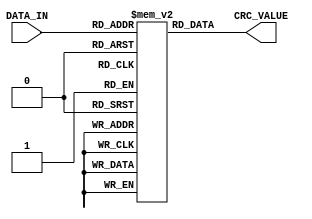
`timescale 1ns / 1ps
//////////////////////////////////////////////////////////////////////////////////
// Company: 
// Engineer: 
// 
// Design Name: 
// Module Name: lut_05
// Project Name: 
// Target Devices: 
// Tool Versions: 
// Description: 
// 
// Dependencies: 
// 
// Revision:
// Revision 0.01 - File Created
// Additional Comments:
// 
//////////////////////////////////////////////////////////////////////////////////


module lut_05(
    input [7:0] DATA_IN,
    output [31:0] CRC_VALUE
    );
    
    
    reg [31:0] rom[255:0];
    assign CRC_VALUE = rom[DATA_IN];
    
    initial
    begin
        rom[0] <= 32'h00000000;
        rom[1] <= 32'h490d678d;
        rom[2] <= 32'h921acf1a;
        rom[3] <= 32'hdb17a897;
        rom[4] <= 32'h20f48383;
        rom[5] <= 32'h69f9e40e;
        rom[6] <= 32'hb2ee4c99;
        rom[7] <= 32'hfbe32b14;
        rom[8] <= 32'h41e90706;
        rom[9] <= 32'h08e4608b;
        rom[10] <= 32'hd3f3c81c;
        rom[11] <= 32'h9afeaf91;
        rom[12] <= 32'h611d8485;
        rom[13] <= 32'h2810e308;
        rom[14] <= 32'hf3074b9f;
        rom[15] <= 32'hba0a2c12;
        rom[16] <= 32'h83d20e0c;
        rom[17] <= 32'hcadf6981;
        rom[18] <= 32'h11c8c116;
        rom[19] <= 32'h58c5a69b;
        rom[20] <= 32'ha3268d8f;
        rom[21] <= 32'hea2bea02;
        rom[22] <= 32'h313c4295;
        rom[23] <= 32'h78312518;
        rom[24] <= 32'hc23b090a;
        rom[25] <= 32'h8b366e87;
        rom[26] <= 32'h5021c610;
        rom[27] <= 32'h192ca19d;
        rom[28] <= 32'he2cf8a89;
        rom[29] <= 32'habc2ed04;
        rom[30] <= 32'h70d54593;
        rom[31] <= 32'h39d8221e;
        rom[32] <= 32'h036501af;
        rom[33] <= 32'h4a686622;
        rom[34] <= 32'h917fceb5;
        rom[35] <= 32'hd872a938;
        rom[36] <= 32'h2391822c;
        rom[37] <= 32'h6a9ce5a1;
        rom[38] <= 32'hb18b4d36;
        rom[39] <= 32'hf8862abb;
        rom[40] <= 32'h428c06a9;
        rom[41] <= 32'h0b816124;
        rom[42] <= 32'hd096c9b3;
        rom[43] <= 32'h999bae3e;
        rom[44] <= 32'h6278852a;
        rom[45] <= 32'h2b75e2a7;
        rom[46] <= 32'hf0624a30;
        rom[47] <= 32'hb96f2dbd;
        rom[48] <= 32'h80b70fa3;
        rom[49] <= 32'hc9ba682e;
        rom[50] <= 32'h12adc0b9;
        rom[51] <= 32'h5ba0a734;
        rom[52] <= 32'ha0438c20;
        rom[53] <= 32'he94eebad;
        rom[54] <= 32'h3259433a;
        rom[55] <= 32'h7b5424b7;
        rom[56] <= 32'hc15e08a5;
        rom[57] <= 32'h88536f28;
        rom[58] <= 32'h5344c7bf;
        rom[59] <= 32'h1a49a032;
        rom[60] <= 32'he1aa8b26;
        rom[61] <= 32'ha8a7ecab;
        rom[62] <= 32'h73b0443c;
        rom[63] <= 32'h3abd23b1;
        rom[64] <= 32'h06ca035e;
        rom[65] <= 32'h4fc764d3;
        rom[66] <= 32'h94d0cc44;
        rom[67] <= 32'hddddabc9;
        rom[68] <= 32'h263e80dd;
        rom[69] <= 32'h6f33e750;
        rom[70] <= 32'hb4244fc7;
        rom[71] <= 32'hfd29284a;
        rom[72] <= 32'h47230458;
        rom[73] <= 32'h0e2e63d5;
        rom[74] <= 32'hd539cb42;
        rom[75] <= 32'h9c34accf;
        rom[76] <= 32'h67d787db;
        rom[77] <= 32'h2edae056;
        rom[78] <= 32'hf5cd48c1;
        rom[79] <= 32'hbcc02f4c;
        rom[80] <= 32'h85180d52;
        rom[81] <= 32'hcc156adf;
        rom[82] <= 32'h1702c248;
        rom[83] <= 32'h5e0fa5c5;
        rom[84] <= 32'ha5ec8ed1;
        rom[85] <= 32'hece1e95c;
        rom[86] <= 32'h37f641cb;
        rom[87] <= 32'h7efb2646;
        rom[88] <= 32'hc4f10a54;
        rom[89] <= 32'h8dfc6dd9;
        rom[90] <= 32'h56ebc54e;
        rom[91] <= 32'h1fe6a2c3;
        rom[92] <= 32'he40589d7;
        rom[93] <= 32'had08ee5a;
        rom[94] <= 32'h761f46cd;
        rom[95] <= 32'h3f122140;
        rom[96] <= 32'h05af02f1;
        rom[97] <= 32'h4ca2657c;
        rom[98] <= 32'h97b5cdeb;
        rom[99] <= 32'hdeb8aa66;
        rom[100] <= 32'h255b8172;
        rom[101] <= 32'h6c56e6ff;
        rom[102] <= 32'hb7414e68;
        rom[103] <= 32'hfe4c29e5;
        rom[104] <= 32'h444605f7;
        rom[105] <= 32'h0d4b627a;
        rom[106] <= 32'hd65ccaed;
        rom[107] <= 32'h9f51ad60;
        rom[108] <= 32'h64b28674;
        rom[109] <= 32'h2dbfe1f9;
        rom[110] <= 32'hf6a8496e;
        rom[111] <= 32'hbfa52ee3;
        rom[112] <= 32'h867d0cfd;
        rom[113] <= 32'hcf706b70;
        rom[114] <= 32'h1467c3e7;
        rom[115] <= 32'h5d6aa46a;
        rom[116] <= 32'ha6898f7e;
        rom[117] <= 32'hef84e8f3;
        rom[118] <= 32'h34934064;
        rom[119] <= 32'h7d9e27e9;
        rom[120] <= 32'hc7940bfb;
        rom[121] <= 32'h8e996c76;
        rom[122] <= 32'h558ec4e1;
        rom[123] <= 32'h1c83a36c;
        rom[124] <= 32'he7608878;
        rom[125] <= 32'hae6deff5;
        rom[126] <= 32'h757a4762;
        rom[127] <= 32'h3c7720ef;
        rom[128] <= 32'h0d9406bc;
        rom[129] <= 32'h44996131;
        rom[130] <= 32'h9f8ec9a6;
        rom[131] <= 32'hd683ae2b;
        rom[132] <= 32'h2d60853f;
        rom[133] <= 32'h646de2b2;
        rom[134] <= 32'hbf7a4a25;
        rom[135] <= 32'hf6772da8;
        rom[136] <= 32'h4c7d01ba;
        rom[137] <= 32'h05706637;
        rom[138] <= 32'hde67cea0;
        rom[139] <= 32'h976aa92d;
        rom[140] <= 32'h6c898239;
        rom[141] <= 32'h2584e5b4;
        rom[142] <= 32'hfe934d23;
        rom[143] <= 32'hb79e2aae;
        rom[144] <= 32'h8e4608b0;
        rom[145] <= 32'hc74b6f3d;
        rom[146] <= 32'h1c5cc7aa;
        rom[147] <= 32'h5551a027;
        rom[148] <= 32'haeb28b33;
        rom[149] <= 32'he7bfecbe;
        rom[150] <= 32'h3ca84429;
        rom[151] <= 32'h75a523a4;
        rom[152] <= 32'hcfaf0fb6;
        rom[153] <= 32'h86a2683b;
        rom[154] <= 32'h5db5c0ac;
        rom[155] <= 32'h14b8a721;
        rom[156] <= 32'hef5b8c35;
        rom[157] <= 32'ha656ebb8;
        rom[158] <= 32'h7d41432f;
        rom[159] <= 32'h344c24a2;
        rom[160] <= 32'h0ef10713;
        rom[161] <= 32'h47fc609e;
        rom[162] <= 32'h9cebc809;
        rom[163] <= 32'hd5e6af84;
        rom[164] <= 32'h2e058490;
        rom[165] <= 32'h6708e31d;
        rom[166] <= 32'hbc1f4b8a;
        rom[167] <= 32'hf5122c07;
        rom[168] <= 32'h4f180015;
        rom[169] <= 32'h06156798;
        rom[170] <= 32'hdd02cf0f;
        rom[171] <= 32'h940fa882;
        rom[172] <= 32'h6fec8396;
        rom[173] <= 32'h26e1e41b;
        rom[174] <= 32'hfdf64c8c;
        rom[175] <= 32'hb4fb2b01;
        rom[176] <= 32'h8d23091f;
        rom[177] <= 32'hc42e6e92;
        rom[178] <= 32'h1f39c605;
        rom[179] <= 32'h5634a188;
        rom[180] <= 32'hadd78a9c;
        rom[181] <= 32'he4daed11;
        rom[182] <= 32'h3fcd4586;
        rom[183] <= 32'h76c0220b;
        rom[184] <= 32'hccca0e19;
        rom[185] <= 32'h85c76994;
        rom[186] <= 32'h5ed0c103;
        rom[187] <= 32'h17dda68e;
        rom[188] <= 32'hec3e8d9a;
        rom[189] <= 32'ha533ea17;
        rom[190] <= 32'h7e244280;
        rom[191] <= 32'h3729250d;
        rom[192] <= 32'h0b5e05e2;
        rom[193] <= 32'h4253626f;
        rom[194] <= 32'h9944caf8;
        rom[195] <= 32'hd049ad75;
        rom[196] <= 32'h2baa8661;
        rom[197] <= 32'h62a7e1ec;
        rom[198] <= 32'hb9b0497b;
        rom[199] <= 32'hf0bd2ef6;
        rom[200] <= 32'h4ab702e4;
        rom[201] <= 32'h03ba6569;
        rom[202] <= 32'hd8adcdfe;
        rom[203] <= 32'h91a0aa73;
        rom[204] <= 32'h6a438167;
        rom[205] <= 32'h234ee6ea;
        rom[206] <= 32'hf8594e7d;
        rom[207] <= 32'hb15429f0;
        rom[208] <= 32'h888c0bee;
        rom[209] <= 32'hc1816c63;
        rom[210] <= 32'h1a96c4f4;
        rom[211] <= 32'h539ba379;
        rom[212] <= 32'ha878886d;
        rom[213] <= 32'he175efe0;
        rom[214] <= 32'h3a624777;
        rom[215] <= 32'h736f20fa;
        rom[216] <= 32'hc9650ce8;
        rom[217] <= 32'h80686b65;
        rom[218] <= 32'h5b7fc3f2;
        rom[219] <= 32'h1272a47f;
        rom[220] <= 32'he9918f6b;
        rom[221] <= 32'ha09ce8e6;
        rom[222] <= 32'h7b8b4071;
        rom[223] <= 32'h328627fc;
        rom[224] <= 32'h083b044d;
        rom[225] <= 32'h413663c0;
        rom[226] <= 32'h9a21cb57;
        rom[227] <= 32'hd32cacda;
        rom[228] <= 32'h28cf87ce;
        rom[229] <= 32'h61c2e043;
        rom[230] <= 32'hbad548d4;
        rom[231] <= 32'hf3d82f59;
        rom[232] <= 32'h49d2034b;
        rom[233] <= 32'h00df64c6;
        rom[234] <= 32'hdbc8cc51;
        rom[235] <= 32'h92c5abdc;
        rom[236] <= 32'h692680c8;
        rom[237] <= 32'h202be745;
        rom[238] <= 32'hfb3c4fd2;
        rom[239] <= 32'hb231285f;
        rom[240] <= 32'h8be90a41;
        rom[241] <= 32'hc2e46dcc;
        rom[242] <= 32'h19f3c55b;
        rom[243] <= 32'h50fea2d6;
        rom[244] <= 32'hab1d89c2;
        rom[245] <= 32'he210ee4f;
        rom[246] <= 32'h390746d8;
        rom[247] <= 32'h700a2155;
        rom[248] <= 32'hca000d47;
        rom[249] <= 32'h830d6aca;
        rom[250] <= 32'h581ac25d;
        rom[251] <= 32'h1117a5d0;
        rom[252] <= 32'heaf48ec4;
        rom[253] <= 32'ha3f9e949;
        rom[254] <= 32'h78ee41de;
        rom[255] <= 32'h31e32653;
    end
    
endmodule